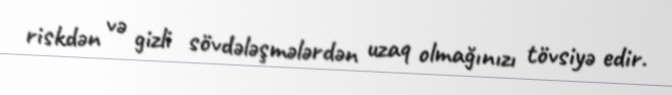
riskdən və gizli sövdələşmələrdən uzaq olmağınızı tövsiyə edir.